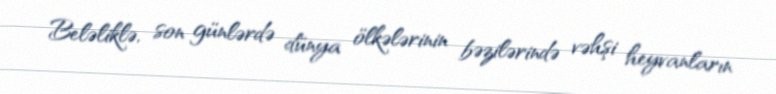
Beləliklə, son günlərdə dünya ölkələrinin bəzilərində vəhşi heyvanların